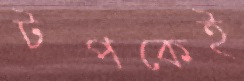
টপকেই